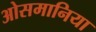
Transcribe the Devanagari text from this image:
ओसमानिया